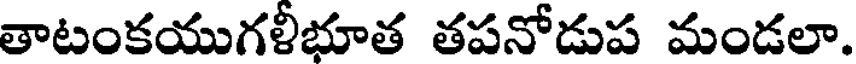
తాటంకయుగళీభూత తపనోడుప మండలా.